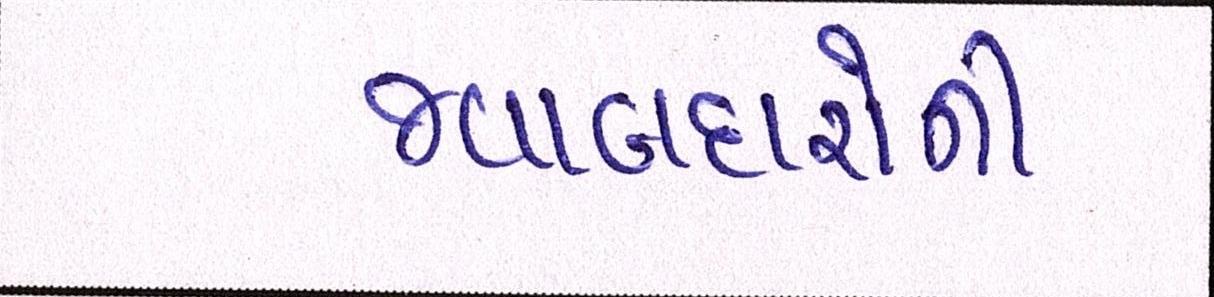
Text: જવાબદારોની